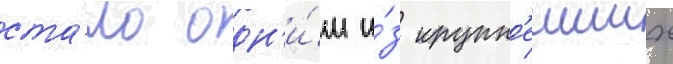
ста́ло одн'и́м и́з крупн'еиших